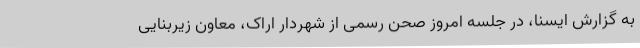
به گزارش ایسنا، در جلسه امروز صحن رسمی از شهردار اراک، معاون زیربنایی